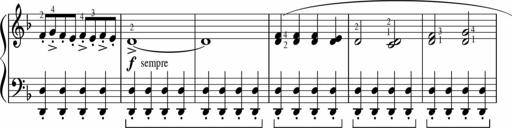
Title: Sonatinas
Composer: Andrew Violette